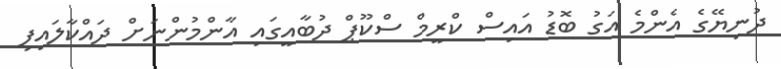
ދުނިޔޭގެ އެންމެ އަގު ބޮޑު އައިސް ކްރީމް ސްކޫޕް ދުބާއީގައި އާންމުންނަށް ދައްކާލައިފި